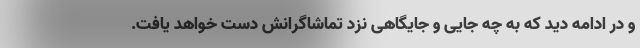
و در ادامه دید که به چه جایی و جایگاهی نزد تماشاگرانش دست خواهد یافت.